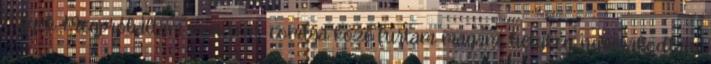
legyek. Megpróbáltam mindent, combja közé fúrtam magam, hetykén nyomakodtam